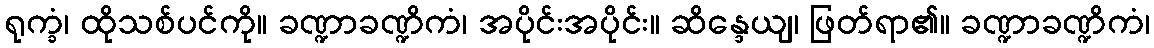
ရုက္ခံ၊ ထိုသစ်ပင်ကို။ ခဏ္ဍာခဏ္ဍိကံ၊ အပိုင်းအပိုင်း။ ဆိန္ဒေယျ၊ ဖြတ်ရာ၏။ ခဏ္ဍာခဏ္ဍိကံ၊